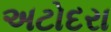
અટોદરા